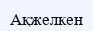
Ақжелкен